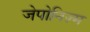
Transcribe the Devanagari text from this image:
जेपोनिज़्म